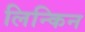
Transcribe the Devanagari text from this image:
लिन्किन